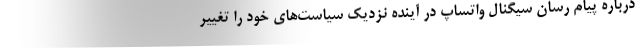
درباره پیام رسان سیگنال واتساپ در آینده نزدیک سیاست‌های خود را تغییر